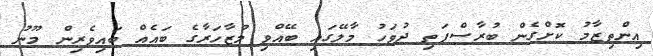
އިންތިޒާމު ކޮށްގެން ބުރާސްފަތި ދުވަހު މާލޭގައި ބޭއްވި މުޒާހަރާގެ ބައެއް ބައިވެރިން މޫނު